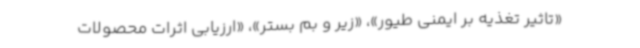
«تاثیر تغذیه بر ایمنی طیور»، «زیر و بم بستر»، «ارزیابی اثرات محصولات